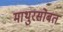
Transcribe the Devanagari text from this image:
माथुरसोबत